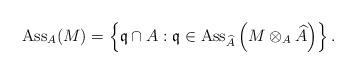
LaTeX: \begin{align*}\operatorname{Ass}_A(M) = \left\{ \mathfrak{q} \cap A : \mathfrak{q} \in \operatorname{Ass}_{\widehat{A}} \left( M \otimes_A \widehat{A} \right) \right\}.\end{align*}